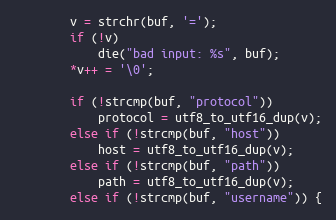
Language: C
		v = strchr(buf, '=');
		if (!v)
			die("bad input: %s", buf);
		*v++ = '\0';

		if (!strcmp(buf, "protocol"))
			protocol = utf8_to_utf16_dup(v);
		else if (!strcmp(buf, "host"))
			host = utf8_to_utf16_dup(v);
		else if (!strcmp(buf, "path"))
			path = utf8_to_utf16_dup(v);
		else if (!strcmp(buf, "username")) {